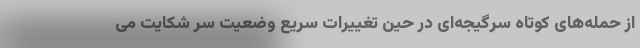
از حمله‌های کوتاه سرگیجه‌ای در حین تغییرات سریع وضعیت سر شکایت می